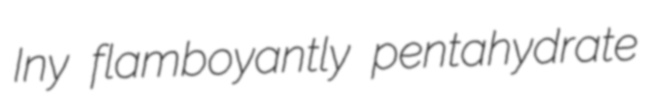
Iny flamboyantly pentahydrate